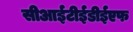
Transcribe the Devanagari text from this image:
सीआईटीईडीईएफ